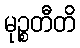
မုဉ္စတီတိ